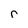
Character: r